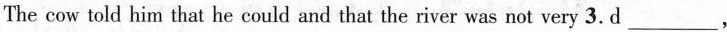
The cow told him that he could and that the river was not very 3. d ___，